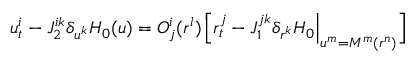
u _ { t } ^ { i } - J _ { 2 } ^ { i k } \delta _ { u ^ { k } } H _ { 0 } ( u ) = { \cal O } _ { j } ^ { i } ( r ^ { l } ) \, \Big [ r _ { t } ^ { j } - J _ { 1 } ^ { j k } \delta _ { r ^ { k } } H _ { 0 } \Big | _ { u ^ { m } = M ^ { m } ( r ^ { n } ) } \Big ]